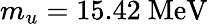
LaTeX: m_{u}=15.42\ \mathrm{{MeV}}